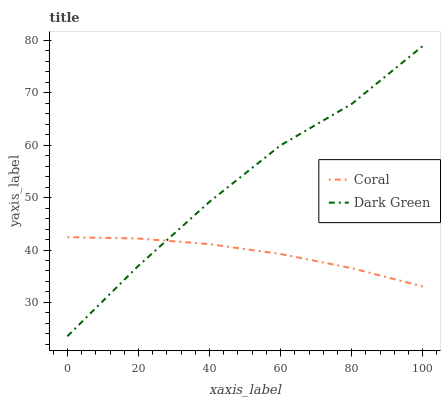
| xaxis_label | Coral | Dark Green |
 | --- | --- | --- |
 | 0 | 42.5 | 23.5 |
 | 20 | 42.2 | 37 |
 | 40 | 41.1 | 49.2 |
 | 60 | 39.2 | 60 |
 | 80 | 36.5 | 67.9 |
 | 100 | 33 | 78.9 |